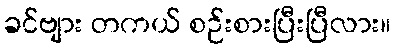
ခင်ဗျား တကယ် စဉ်းစားပြီးပြီလား။